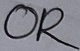
Text: OR